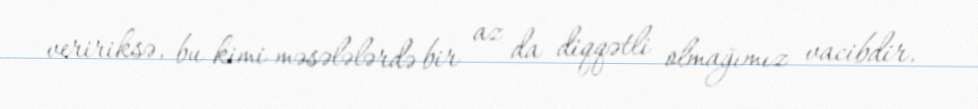
veririksə, bu kimi məsələlərdə bir az da diqqətli olmağımız vacibdir.